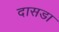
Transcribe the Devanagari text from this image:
दासडा